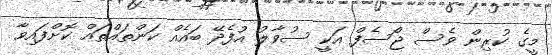
މީގެ ކުރިން ވެސް ޖޯސެފް އަކީ ސުވާލު އުފެދޭ ބައެއް ކަންތައްތައް ކޮށްފައިވާ